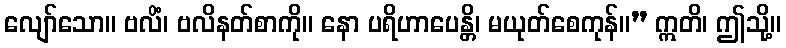
လျော်သော။ ဗလိံ၊ ဗလိနတ်စာကို။ နော ပရိဟာပေန္တိ၊ မယုတ်စေကုန်။” ဣတိ၊ ဤသို့။